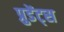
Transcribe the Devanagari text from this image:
प्रुडेंट्स